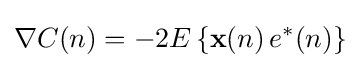
\nabla C(n)=-2E\left\{\mathbf {x} (n)\,e^{*}(n)\right\}